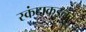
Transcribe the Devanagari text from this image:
स्कंदाकडूनच